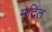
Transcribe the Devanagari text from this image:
मृदित